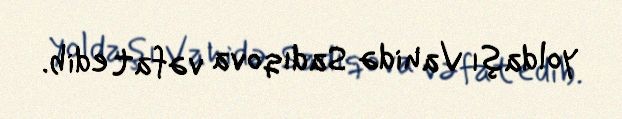
yoldaşı Vahidə Sadıqova vəfat edib.